Leaving Certificate Examination, 1909
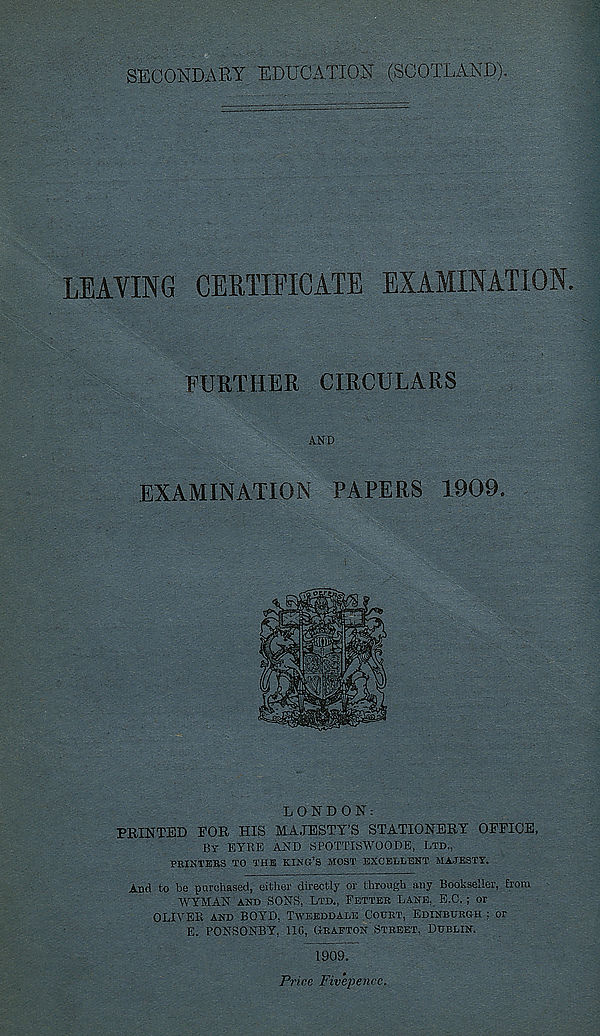
SECONDARY EDUCATION (SCOTLAND).
LEAVING CERTIFICATE EXAMINATION.
FURTHER CIRCULARS
AND
EXAMINATION PAPERS 1909.
LONDON:
PRINTED EOR HIS MAJESTY’S STATIONERY OEEICE,
By EYRE AND SPOTTISWOODE, Ltd..
PRINTERS TO THE KING’S MOST EXCELLENT MAJESTY.
And to be purchased, either directly or through any Bookseller, from
WYMAN and SONS, Ltd., Fetter Lane, E.C.; or
OLIVER and BOYD, Tweeddale Court, Edinburgh : or
E. PONSONBY, lie, Grafton Street. Dublin.
1909.
Price Fivepenec.